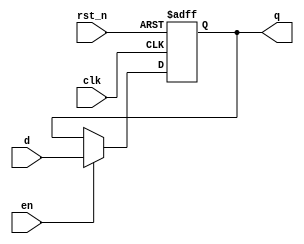

// Asynchronous reset flip-flop with enable signal
module ASYNCR_EN_REG #(
	parameter WIDTH = 1,
	parameter INIT  = 0
)(
	input clk, rst_n, en,
	input      [WIDTH - 1 : 0] d, 
	output reg [WIDTH - 1 : 0] q
);
	always @(posedge clk or negedge rst_n) begin
		if (!rst_n) begin
			q <= INIT;
		end 
		else begin
			if (en) begin
				q <= d;
			end
		end
	end
endmodule